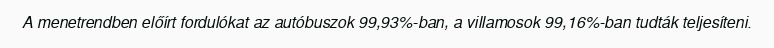
A menetrendben előírt fordulókat az autóbuszok 99,93%-ban, a villamosok 99,16%-ban tudták teljesíteni.